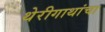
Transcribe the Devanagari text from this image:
थेरीगाथांचा